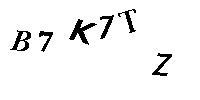
B7K7TZ